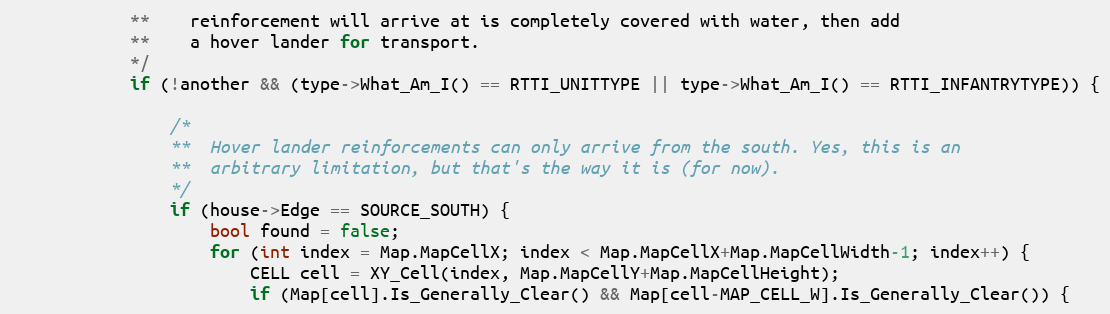
Language: C++
			**	reinforcement will arrive at is completely covered with water, then add
			**	a hover lander for transport.
			*/
			if (!another && (type->What_Am_I() == RTTI_UNITTYPE || type->What_Am_I() == RTTI_INFANTRYTYPE)) {

				/*
				**	Hover lander reinforcements can only arrive from the south. Yes, this is an
				**	arbitrary limitation, but that's the way it is (for now).
				*/
				if (house->Edge == SOURCE_SOUTH) {
					bool found = false;
					for (int index = Map.MapCellX; index < Map.MapCellX+Map.MapCellWidth-1; index++) {
						CELL cell = XY_Cell(index, Map.MapCellY+Map.MapCellHeight);
						if (Map[cell].Is_Generally_Clear() && Map[cell-MAP_CELL_W].Is_Generally_Clear()) {